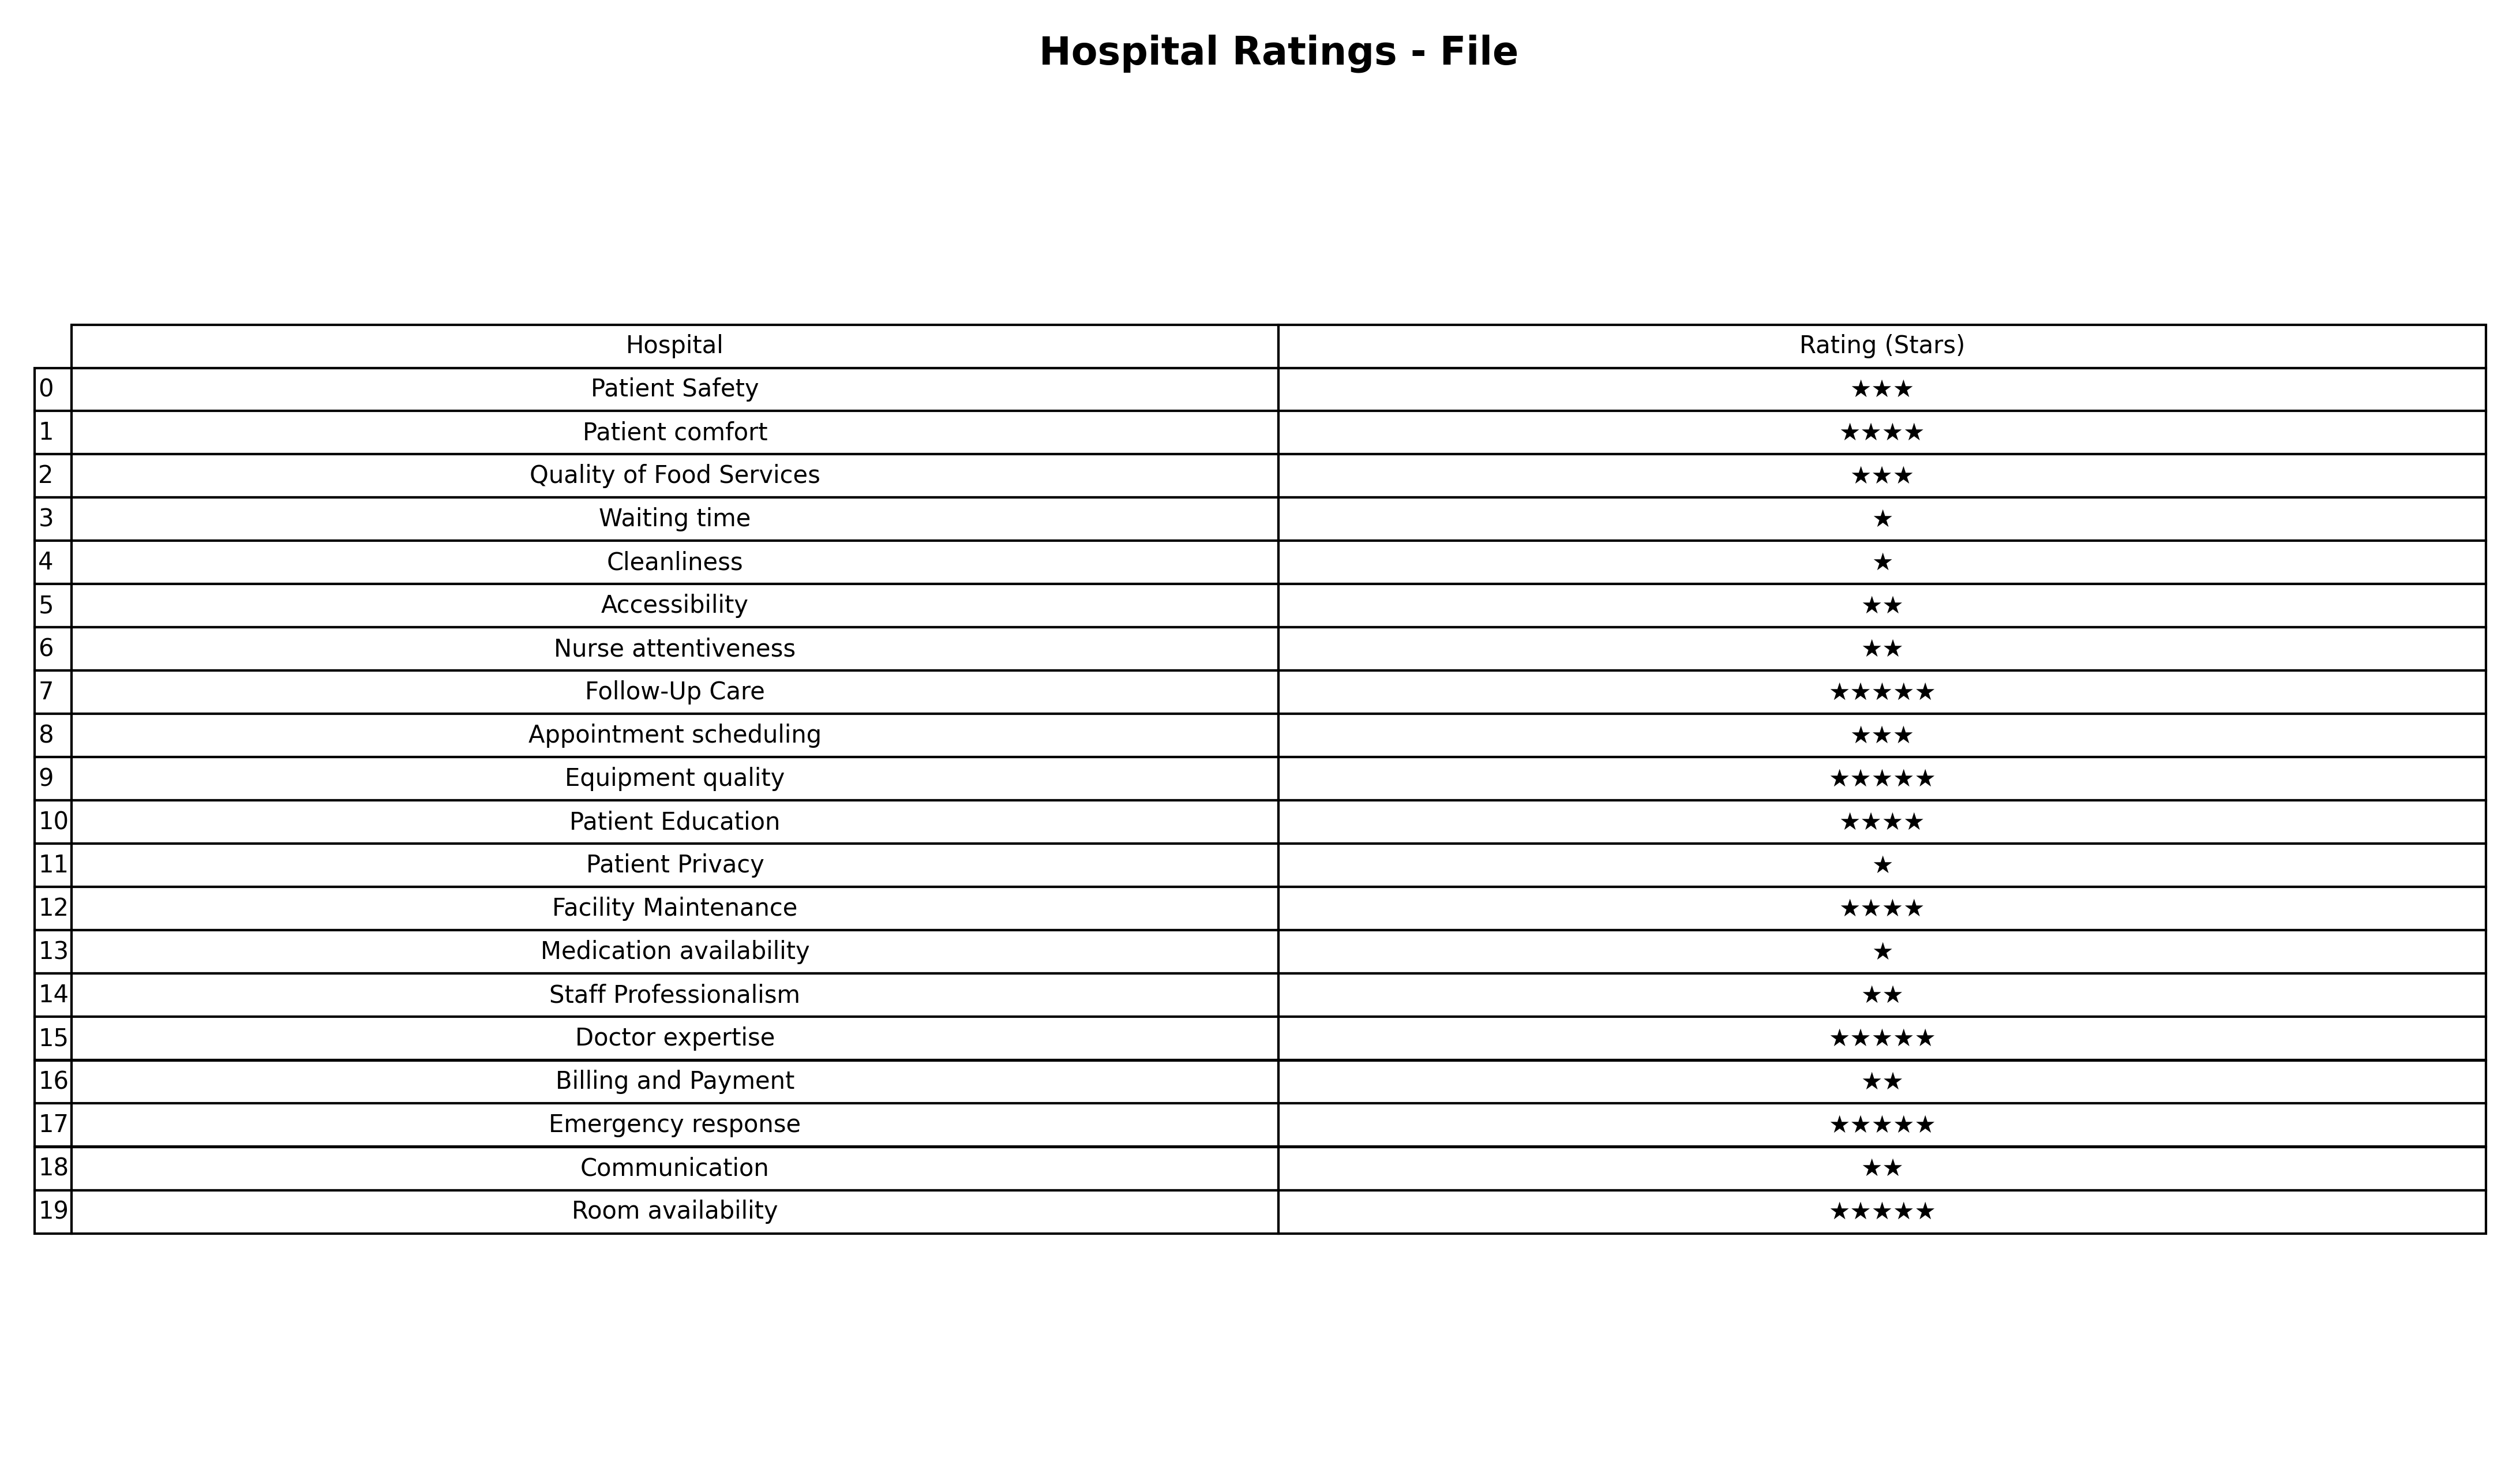
question: What is the rating of Communication?
answer: ★★